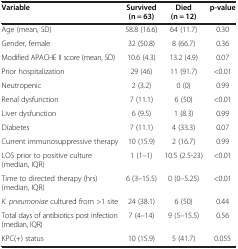
| Variable | Survived (n = 63) | Died (n = 12) | p-value |
 | --- | --- | --- | --- |
 | Age (mean, SD) | 58.8 (16.6) | 64 (11.7) | 0.30 |
 | Gender, female | 32 (50.8) | 8 (66.7) | 0.36 |
 | Modified APACHE II score (mean, SD) | 10.6 (4.3) | 13.2 (4.9) | 0.07 |
 | Prior hospitalization | 29 (46) | 11 (91.7) | <0.01 |
 | Neutropenic | 2 (3.2) | 0 (0) | 0.99 |
 | Renal dysfunction | 7 (11.1) | 6 (50) | <0.01 |
 | Liver dysfunction | 6 (9.5) | 1 (8.3) | 0.99 |
 | Diabetes | 7 (11.1) | 4 (33.3) | 0.07 |
 | Current immunosuppressive therapy | 10 (15.9) | 2 (16.7) | 0.99 |
 | LOS prior to positive culture (median, IQR) | 1 (1–1) | 10.5 (2.5-23) | <0.01 |
 | Time to directed therapy (hrs) (median, IQR) | 6 (3–15.5) | 0 (0–5.25) | <0.01 |
 | K. pneumoniae cultured from >1 site | 24 (38.1) | 6 (50) | 0.44 |
 | Total days of antibiotics post infection (median, IQR) | 7 (4–14) | 9 (5–15.5) | 0.56 |
 | KPC(+) status | 10 (15.9) | 5 (41.7) | 0.055 |